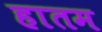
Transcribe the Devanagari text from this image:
हातम